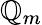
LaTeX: \mathbb{Q}_{m}